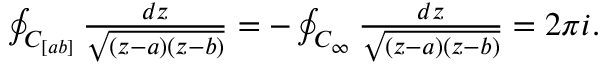
\begin{array} { r } { \oint _ { C _ { [ a b ] } } \frac { d z } { \sqrt { ( z - a ) ( z - b ) } } = - \oint _ { C _ { \infty } } \frac { d z } { \sqrt { ( z - a ) ( z - b ) } } = 2 \pi i . } \end{array}